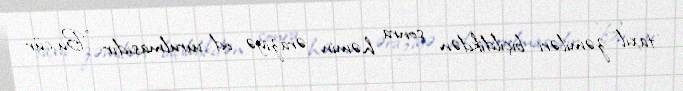
taxıl zəmiləri biçildikdən sonra həmin əraziyə od vurulmasıdır: "Bu cür